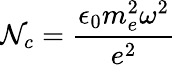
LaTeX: \mathcal{N}_{c}=\frac{{\epsilon_{0}m_{e}^{2}\omega^{2}}}{{e^{2}}}